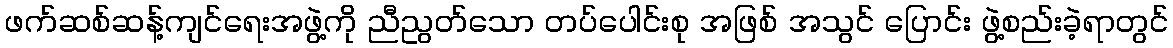
ဖက်ဆစ်ဆန့်ကျင်ရေးအဖွဲ့ကို ညီညွတ်သော တပ်ပေါင်းစု အဖြစ် အသွင် ပြောင်း ဖွဲ့စည်းခဲ့ရာတွင်